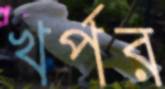
খর্পর